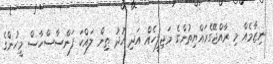
ނިޒާމެއް މި ރާއްޖޭގެރައްޔިތުންގެ މަޖިލީހެއް އަދި ޚުދު ތިން ލައްކަ ފަންސާސްހާސް މީހުންގެ